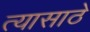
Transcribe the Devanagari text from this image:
त्यासाठे